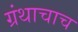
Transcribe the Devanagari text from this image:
ग्रंथाचाच